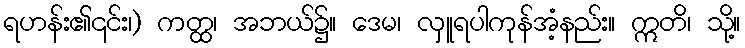
ရဟန်း၏၎င်း၊) ကတ္ထ၊ အဘယ်၌။ ဒေမ၊ လှူရပါကုန်အံ့နည်း။ ဣတိ၊ သို့။